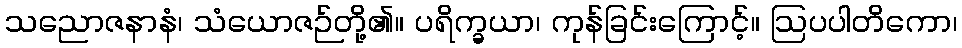
သညောဇနာနံ၊ သံယောဇဉ်တို့၏။ ပရိက္ခယာ၊ ကုန်ခြင်းကြောင့်။ ဩပပါတိကော၊